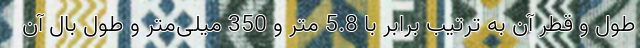
طول و قطر آن به ترتیب برابر با 5.8 متر و 350 میلی‌متر و طول بال آن